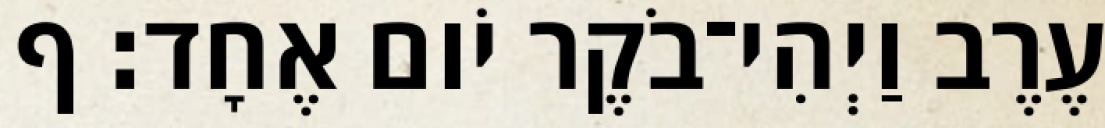
עֶרֶב וַיְהִי־בֹקֶר יֹום אֶחָד׃ ף